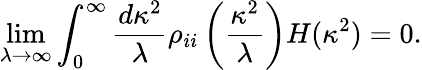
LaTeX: \operatorname*{lim}_{\lambda\rightarrow\infty}\int_{0}^{\infty}\frac{d\kappa^{2}}{\lambda}\rho_{ii}\left(\frac{\kappa^{2}}{\lambda}\right)H(\kappa^{2})=0.